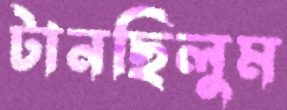
টানছিলুম